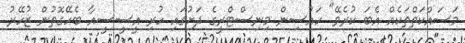
މަސައްކަތްތަކެއް އެބަ ކުރެވޭ" ހައުސިން މިނިސްޓްރީގެ ދަށުގައި ހުރި އީސީސީއާ ބެހޭގޮތުން ޒުހޭރު